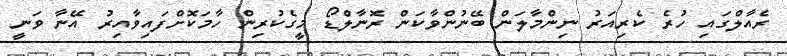
ރެއާލްގައި ހުރެ ކެރިއަރު ނިންމާލަން ބޭނުންވާކަން ރޮނާލްޑޯ މީގެކުރިން ހާމަކޮށްފައިވާއިރު އޭނާ ވަނީ